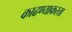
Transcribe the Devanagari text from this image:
काढण्याकरता